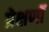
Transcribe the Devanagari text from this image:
प्रेक्षणॉं